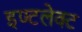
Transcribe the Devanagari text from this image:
इण्टलेक्ट